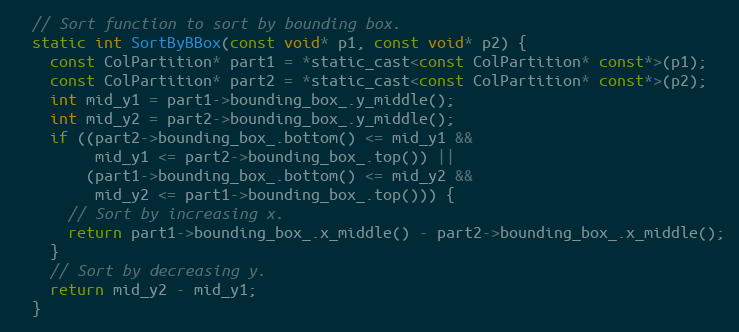
Language: C
  // Sort function to sort by bounding box.
  static int SortByBBox(const void* p1, const void* p2) {
    const ColPartition* part1 = *static_cast<const ColPartition* const*>(p1);
    const ColPartition* part2 = *static_cast<const ColPartition* const*>(p2);
    int mid_y1 = part1->bounding_box_.y_middle();
    int mid_y2 = part2->bounding_box_.y_middle();
    if ((part2->bounding_box_.bottom() <= mid_y1 &&
         mid_y1 <= part2->bounding_box_.top()) ||
        (part1->bounding_box_.bottom() <= mid_y2 &&
         mid_y2 <= part1->bounding_box_.top())) {
      // Sort by increasing x.
      return part1->bounding_box_.x_middle() - part2->bounding_box_.x_middle();
    }
    // Sort by decreasing y.
    return mid_y2 - mid_y1;
  }